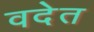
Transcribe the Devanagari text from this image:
वदेत